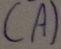
Text: (A)